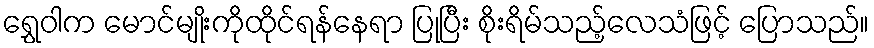
ရွှေဝါက မောင်မျိုးကိုထိုင်ရန်နေရာ ပြုပြီး စိုးရိမ်သည့်လေသံဖြင့် ပြောသည်။